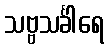
သဗ္ဗသင်္ခါရေ